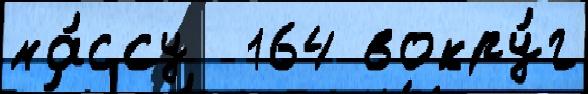
ма́ссу  164 вокру́г